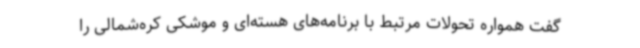
گفت همواره تحولات مرتبط با برنامه‌های هسته‌ای و موشکی کره‌شمالی را